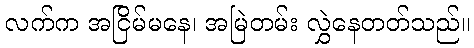
လက်က အငြိမ်မနေ၊ အမြဲတမ်း လွှဲနေတတ်သည်။